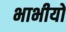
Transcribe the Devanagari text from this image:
भाभीयों